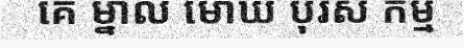
គេ ម្នាល មោឃ បុរស កម្ម